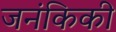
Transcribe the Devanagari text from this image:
जनंकिकी